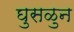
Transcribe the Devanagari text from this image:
घुसळुन